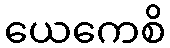
ယေကေစိ